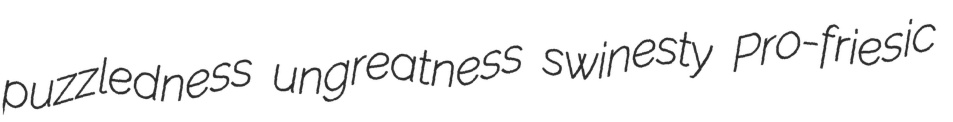
puzzledness ungreatness swinesty Pro-friesic